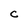
Character: C